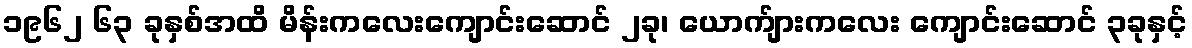
၁၉၆၂ ၆၃ ခုနှစ်အထိ မိန်းကလေးကျောင်းဆောင် ၂ခု၊ ယောက်ျားကလေး ကျောင်းဆောင် ၃ခုနှင့်